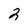
Character: 2